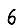
Digit: 6